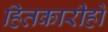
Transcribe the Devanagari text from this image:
हितकारीहो